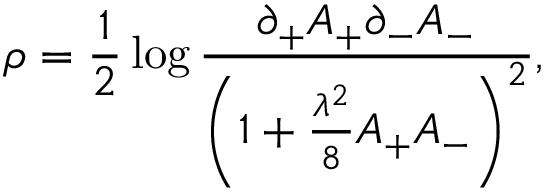
\rho = { \frac { 1 } { 2 } } \log { \frac { \partial _ { + } A _ { + } \partial _ { - } A _ { - } } { \left( 1 + { \frac { \lambda ^ { 2 } } { 8 } } A _ { + } A _ { - } \right) ^ { 2 } } } ,